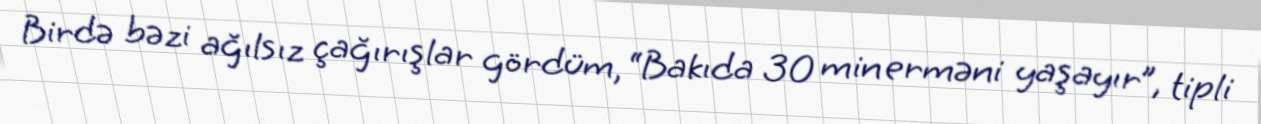
Birdə bəzi ağılsız çağırışlar gördüm, “Bakıda 30 min erməni yaşayır”, tipli